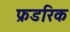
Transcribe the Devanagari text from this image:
फ्रडरिक